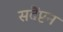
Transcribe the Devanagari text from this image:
सदैंप्टन